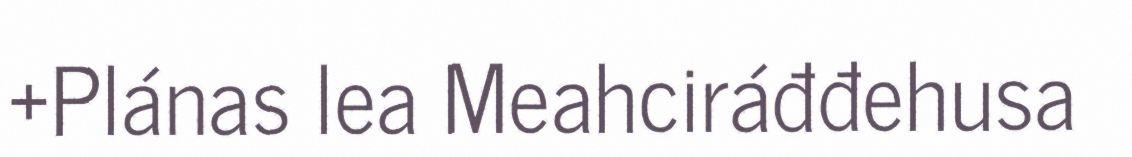
+Plánas lea Meahciráđđehusa